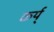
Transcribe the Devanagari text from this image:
कर्य्